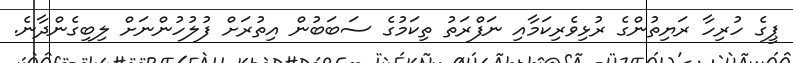
ޕީގެ ހުރިހާ ރަޔިތުންގެ ރުޅިވެރިކަމާއި ނަފްރަތު ތިކަމުގެ ސަބަބުން އިތުރަށް ފުލުހުންނަށް ލިބިގެންދާނެ.